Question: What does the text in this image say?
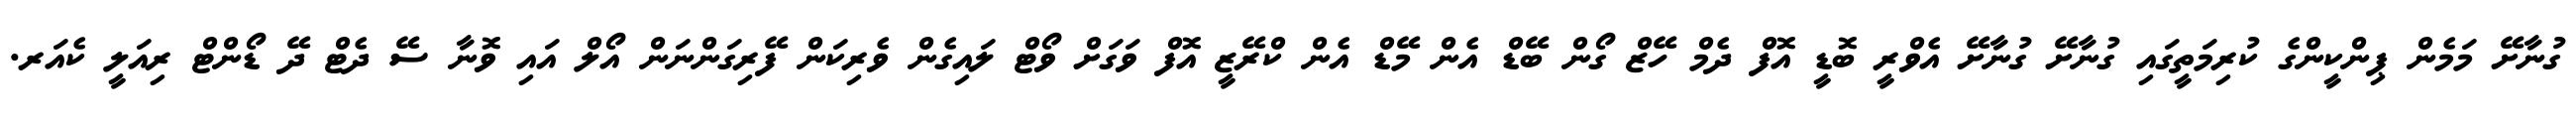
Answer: ގުނާށޭ މަމެން ޕިންކީންގެ ކުރިމަތީގައި ގުނާށޭ ގުނާށޭ އެވްރީ ބޮޑީ އޮފް ދެމް ހޭޒް ގޯން ބޭޑް އެން މޭޑް އެން ކްރޭޒީ އޮފް ވަގަށް ވޯޓް ލައިގެން ވެރިކަން ފޭރިގަންނަން އޯލް އައި ވޮނާ ސޭ ދެޓް ދޭ ޑޯންޓް ރިއަލީ ކެއަރ.